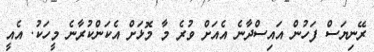
ރޭނިޔަސް ފަހުން އައިސްދާނެ އެއަށް ވުރެ މާ މޮޅަށް އެކަންކުރާނެ މީހަކު. އެއީ